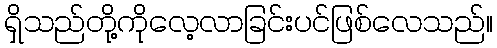
ရှိသည်တို့ကိုလေ့လာခြင်းပင်ဖြစ်လေသည်။